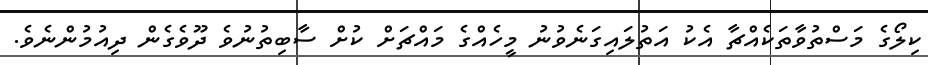
ކިލޯގެ މަސްތުވާތަކެއްޗާ އެކު އަތުލައިގަނެވުނު މީހެއްގެ މައްޗަށް ކުށް ސާބިތުނުވެ ދޫވެގެން ދިއުމުންނެވެ.